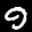
Label: 9